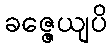
ခဇ္ဇေယျပိ